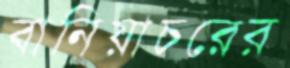
বানিয়াচরের